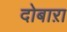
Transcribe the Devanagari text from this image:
दोबाऱा